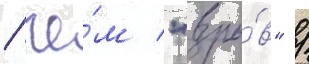
/ че́м "взры́в" /